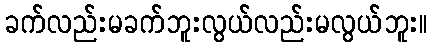
ခက်လည်းမခက်ဘူးလွယ်လည်းမလွယ်ဘူး။